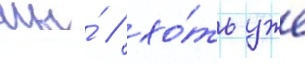
мы́ / хо́ть уже